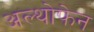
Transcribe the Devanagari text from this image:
अल्थोफेन